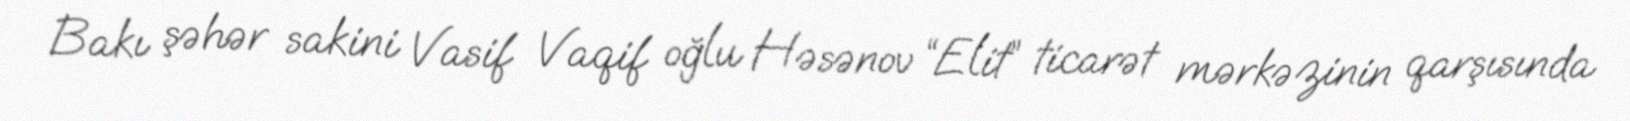
Bakı şəhər sakini Vasif Vaqif oğlu Həsənov “Elit” ticarət mərkəzinin qarşısında